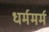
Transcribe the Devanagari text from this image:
धर्ममर्म